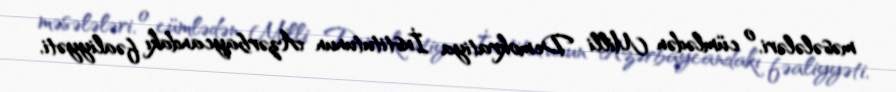
məsələləri, o cümlədən Milli Demokratiya İnstitutunun Azərbaycandakı fəaliyyəti,